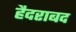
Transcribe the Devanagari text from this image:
हैदराबद